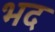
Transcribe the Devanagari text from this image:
भद